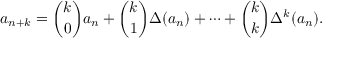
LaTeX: a _ { n + k } = { \binom { k } { 0 } } a _ { n } + { \binom { k } { 1 } } \Delta ( a _ { n } ) + \cdots + { \binom { k } { k } } \Delta ^ { k } ( a _ { n } ) .